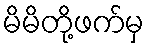
မိမိတို့ဖက်မှ